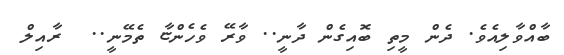
ބާއްވާލިއެވެ. ދެން މީތި ބޮއިގެން ދާނީ.. ވާރޭ ވެހެންޏާ ތެމޭނީ..  ރާއިލް